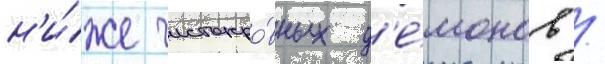
н'и́же чистокро́вных д'е́монов /